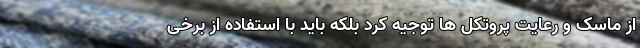
از ماسک و رعایت پروتکل ها توجیه کرد بلکه باید با استفاده از برخی